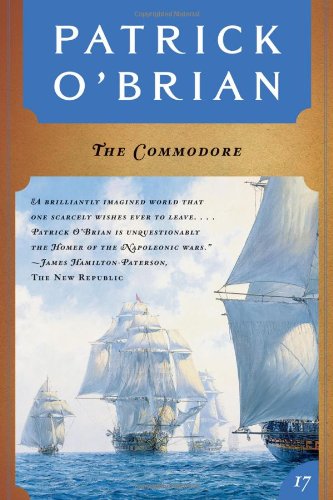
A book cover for The Commodore (Vol. Book 17)  (Aubrey/Maturin Novels); Patrick O'Brian; Literature & Fiction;